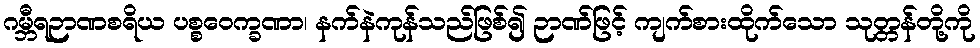
ဂမ္ဘီရဉာဏစရိယ ပစ္စဝေက္ခဏာ၊ နက်နဲကုန်သည်ဖြစ်၍ ဉာဏ်ဖြင့် ကျက်စားထိုက်သော သုတ္တန်တို့ကို